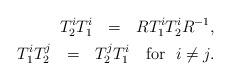
LaTeX: \begin{align*}T_{2}^{i}T_{1}^{i}~~=~~RT_{1}^{i}T_{2}^{i}R^{-1},\\T_{1}^{i}T_{2}^{j}~~=~~T_{2}^{j}T_{1}^{i}~~~\mbox{\rm{for}}~~i\neq j.\end{align*}